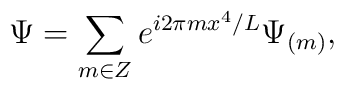
\Psi=\sum_{m\in Z} e^{i 2\pi m x^4/L}\Psi_{(m)},